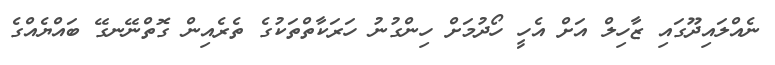
ނެއްލައިދޫގައި ޒާހިލް އަށް އެހީ ހޯދުމަށް ހިންގުނު ހަރަކާތްތަކުގެ ތެރެއިން ގޮތްނޭނގޭ ބައްޔެއްގެ